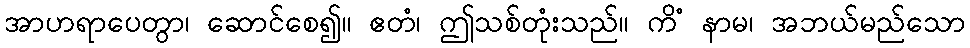
အာဟရာပေတွာ၊ ဆောင်စေ၍။ ဧတံ၊ ဤသစ်တုံးသည်။ ကိံ နာမ၊ အဘယ်မည်သော